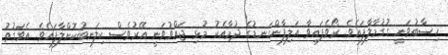
ހިސާބުވަނީ ގުގުމާލާފައެވެ. ރޯވެފައިވާ އަލިފާންގަނޑުގެ ދުމާއެކު މުޅި ޖައްވުވަނީ އޭރުވެސް ކިލަނބުކޮށްލާފައެވެ. އެވަގުތު